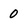
Character: 0